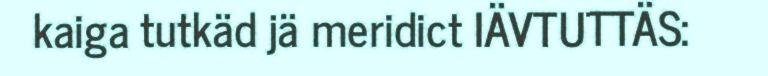
kaiga tutkäd jä meridict IÄVTUTTÄS: